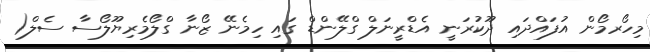
މިހޯރމޯން އުފައްދައި ދޫކުރަނީ އެޑްރީނަލް ގްލޭންޑް ގައި ހިމެނޭ ޒޯނާ ގްލޯމެރިޔޫލޯސާ ސެލް(